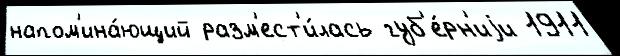
напом'ина́ющий разм'ест'и́лась губ'е́рн'иjи 1911